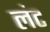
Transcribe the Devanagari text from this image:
लंट